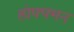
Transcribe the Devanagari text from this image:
होफ्फ्मन